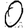
Digit: 0